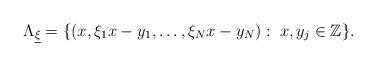
LaTeX: \begin{align*}\Lambda_{\underline{\xi}}=\{ (x,\xi_{1}x-y_{1}, \ldots,\xi_{N}x-y_{N}): \; x,y_{j}\in\mathbb{Z}\}.\end{align*}